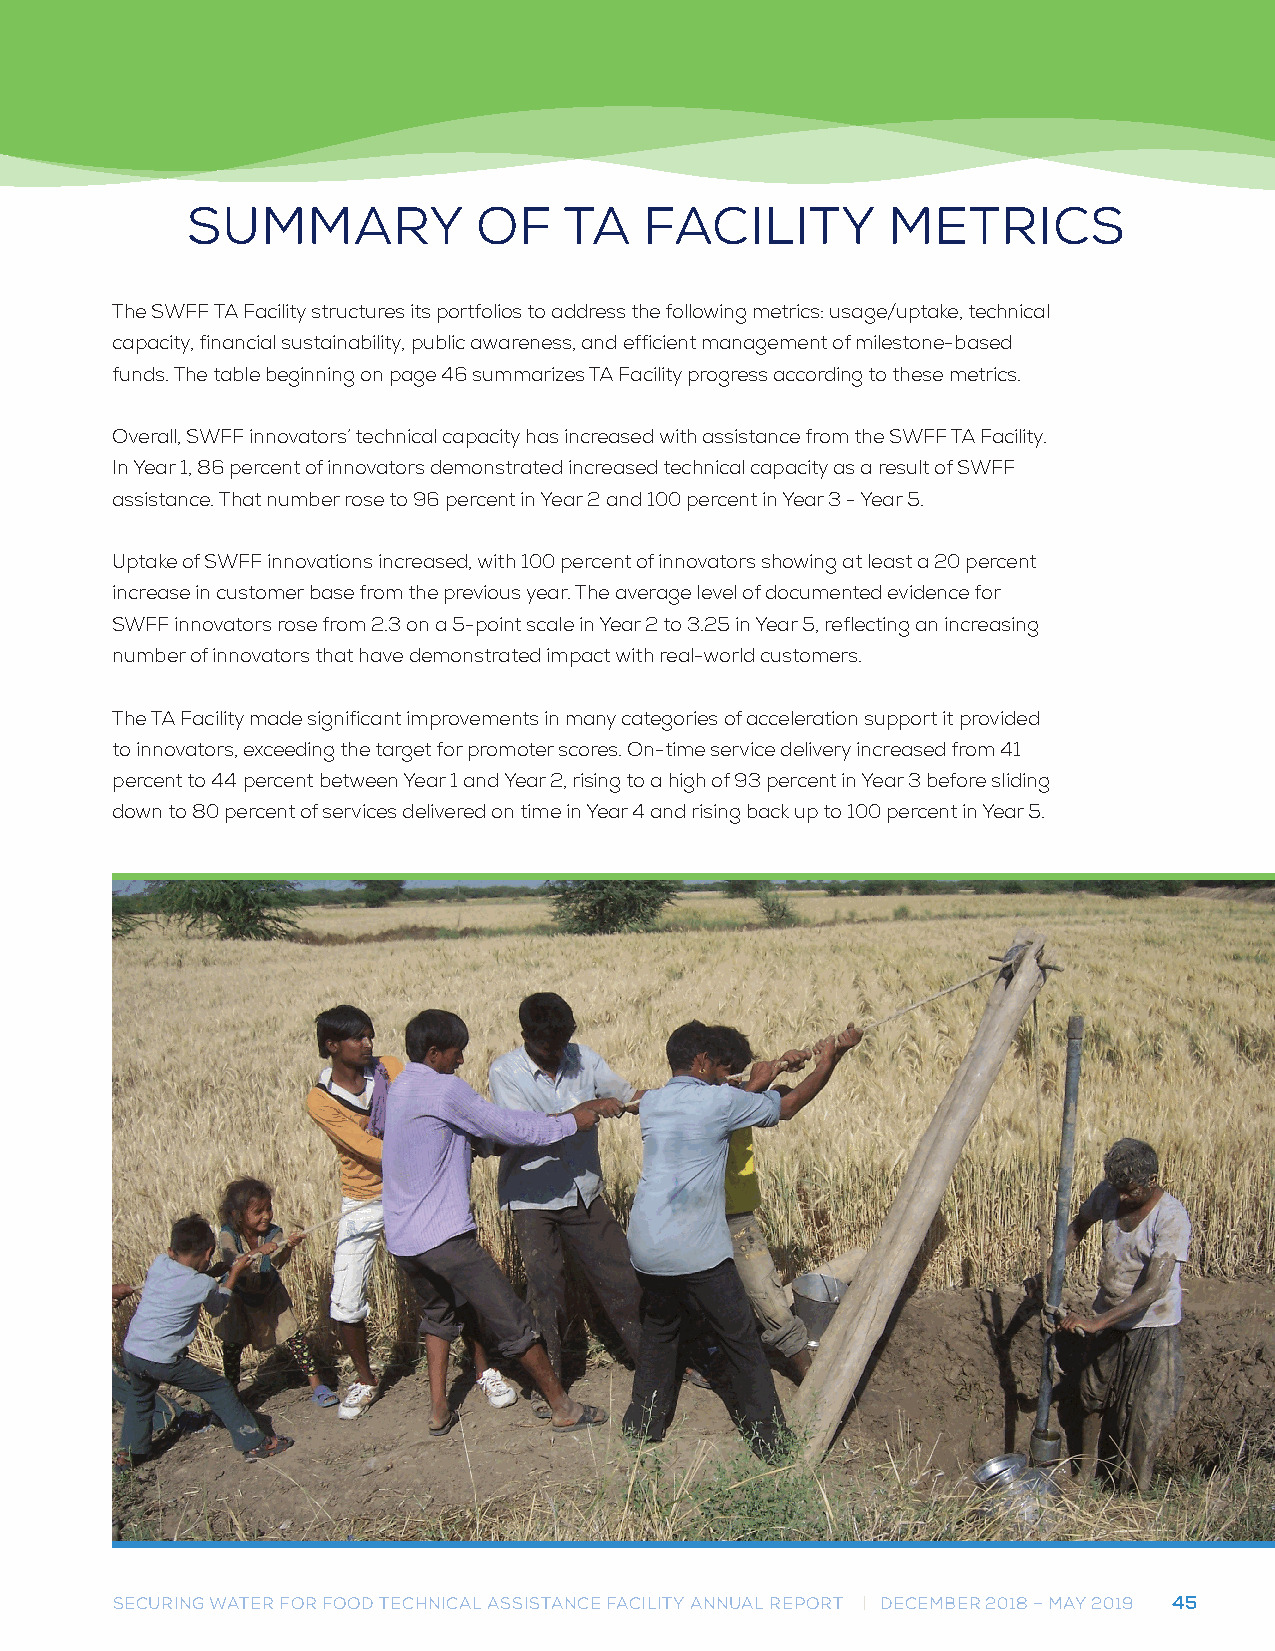
SUMMARY             OF   TA    FACILITY        METRICS
 The SWFF TA Facility structures its portfolios to address the following metrics: usage/uptake, technical
 capacity, financial sustainability, public awareness, and efficient management of milestone-based
 funds. The table beginning on page 46 summarizes TA Facility progress according to these metrics.
 Overall, SWFF innovators’ technical capacity has increased with assistance from the SWFF TA Facility.
 In Year 1, 86 percent of innovators demonstrated increased technical capacity as a result of SWFF
 assistance. That number rose to 96 percent in Year 2 and 100 percent in Year 3 - Year 5.
 Uptake of SWFF innovations increased, with 100 percent of innovators showing at least a 20 percent
 increase in customer base from the previous year. The average level of documented evidence for
 SWFF innovators rose from 2.3 on a 5-point scale in Year 2 to 3.25 in Year 5, reflecting an increasing
 number of innovators that have demonstrated impact with real-world customers.
 The TA Facility made significant improvements in many categories of acceleration support it provided
 to innovators, exceeding the target for promoter scores. On-time service delivery increased from 41
 percent to 44 percent between Year 1 and Year 2, rising to a high of 93 percent in Year 3 before sliding
 down to 80 percent of services delivered on time in Year 4 and rising back up to 100 percent in Year 5.
 SECURING WATER FOR FOOD TECHNICAL ASSISTANCE FACILITY ANNUAL REPORT | DECEMBER 2018 – MAY 2019 45